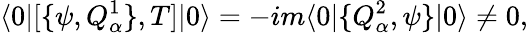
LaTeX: \langle 0|[\{ \psi,Q_{\alpha}^{1}\} ,T]|0\rangle=-im\langle 0|\{ Q_{\alpha}^{2},\psi\} |0\rangle\neq 0,